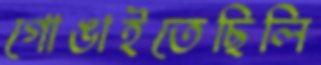
গোঙাইতেছিলি